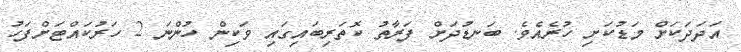
އަދަދަކަށް މަޑުކަށި ހުރެއެވެ. ބަނޑުދަށް ފަރާތު ކޮތަރިބައިގައި ވަކިން ހުންނަ 2 ހަރުކައްޓަށްފަހު